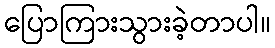
ပြောကြားသွားခဲ့တာပါ။